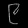
Digit: ၉